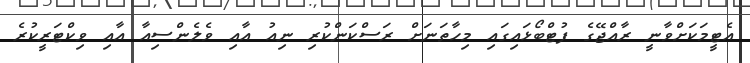
އެޓީމަކަށްވާނީ ރާއްޖޭގެ ފުޓްބޯޅައިގައި މިހާތަނަށް ރަސްކަންކުރި ނިއު އާއި ވެލެންސިއާ އާއި ވިކްޓަރީކުރެ